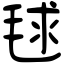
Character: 毬